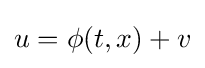
u=\phi (t,x)+v